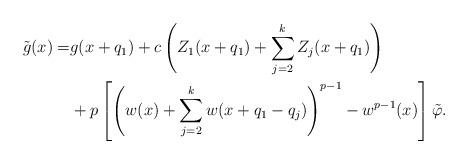
LaTeX: \begin{align*}\tilde{g}(x)=&g(x+q_1) + c\left(Z_1(x+q_1) + \sum\limits_{j=2}^k Z_j(x+q_1) \right) \\&+ p\left[\left(w(x) + \sum\limits_{j=2}^k w(x+q_1-q_j)\right)^{p-1} - w^{p-1}(x) \right]\tilde{\varphi}.\end{align*}